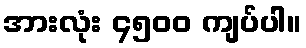
အားလုံး ၄၅၀၀ ကျပ်ပါ။